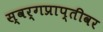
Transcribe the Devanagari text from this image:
स्वर्गप्राप्तीवर